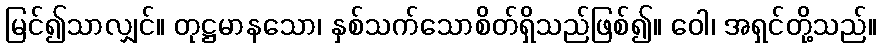
မြင်၍သာလျှင်။ တုဋ္ဌမာနသော၊ နှစ်သက်သောစိတ်ရှိသည်ဖြစ်၍။ ဝေါ၊ အရှင်တို့သည်။